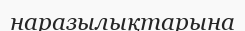
наразылықтарына